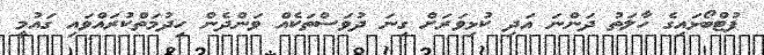
ފުޓްބޯޅައިގެ ހާލަތު ދަންނަ އަދި ކުޅިވަރަށް ގިނަ ދުވަސްތަކެއް ވަންދެން ހިދުމަތްކުރައްވައި ގައުމީ